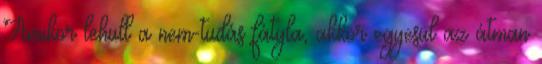
Amikor lehull a nem-tudás fátyla, akkor egyesül az átman